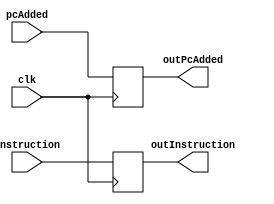
`timescale 1ns/1ns
module InstructionFetch (
    input clk,
    input [31:0] pcAdded,
    input [31:0] instruction,
    output reg [31:0] outPcAdded,
    output reg [31:0] outInstruction 
);
    initial begin
        outPcAdded = 0;
        outInstruction = 0;
    end
    //reg [31:0] bufferpcAdded;
    //reg [31:0] bufferinstruction;

    always @(posedge clk) begin
        outPcAdded <= pcAdded;
        outInstruction <= instruction;
    end 

    //assign outPcAdded = bufferpcAdded;
    //assign outInstruction = bufferinstruction;


endmodule //InstructionFetch